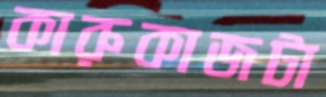
কারুকাজটা